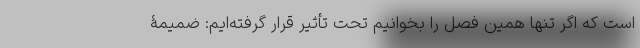
است که اگر تنها همین فصل را بخوانیم تحت تأثیر قرار گرفته‌ایم: ضمیمۀ